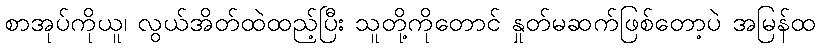
စာအုပ်ကိုယူ၊ လွယ်အိတ်ထဲထည့်ပြီး သူတို့ကိုတောင် နှုတ်မဆက်ဖြစ်တော့ပဲ အမြန်ထ